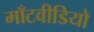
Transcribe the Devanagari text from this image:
माँटवीडियो